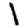
Digit: 1